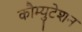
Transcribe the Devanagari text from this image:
कौम्युटेशन